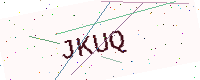
Text: JKUQ